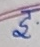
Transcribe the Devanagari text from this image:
इ.